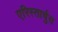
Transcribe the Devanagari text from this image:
एरिस्तार्चुस